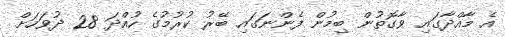
އެ މާއްދާގައި ވާގޮތުން ބިމުން ފެންނަގައި ބޭރު ކުރުމުގެ ހުއްދަ 28 ދުވަހަށް